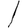
Digit: 1